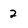
Character: 2